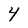
Character: 4